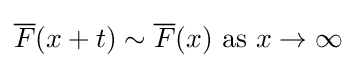
{\overline {F}}(x+t)\sim {\overline {F}}(x){\mbox{ as }}x\to \infty